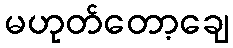
မဟုတ်တော့ချေ